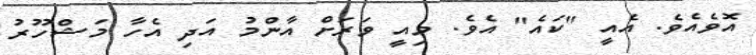
އޮވެއެވެ. އެއީ "ކައެ" އެވެ. މިއީ ވަރަށް އާންމު އަދި އެހާ މަޝްހޫރު